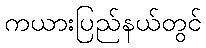
ကယားပြည်နယ်တွင်